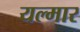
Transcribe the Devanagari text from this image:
यल्मार